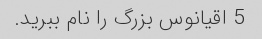
5 اقیانوس بزرگ را نام ببرید.